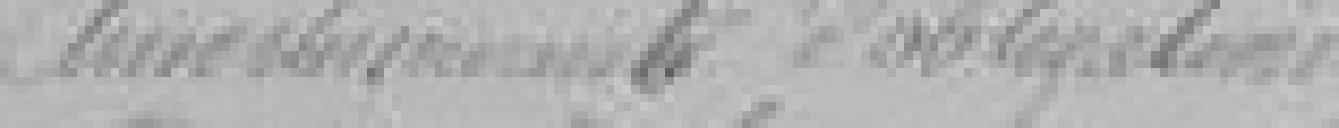
Amortissement d'obligations